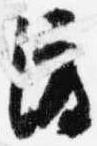
渡